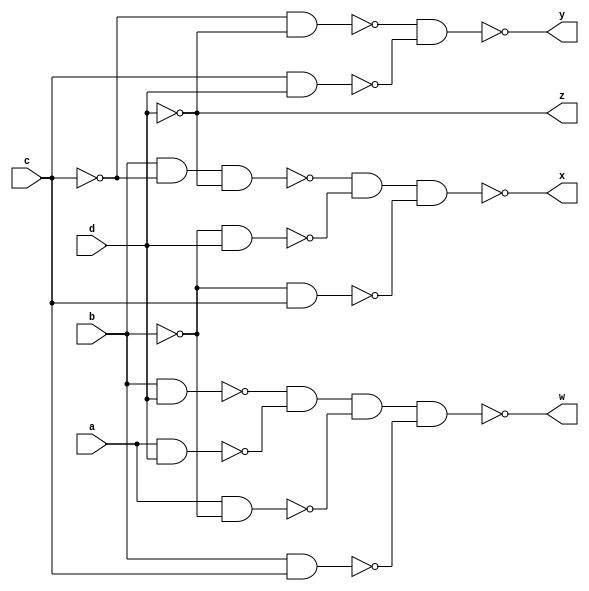
module bcd_ex3_nand(input a,b,c,d,output wire w,x,y,z);
wire ah,bh,ch,dh;
wire x1,x2,x3,x4,x5,x6,x7,x8,x9;

not n1(ah,a);
not n2(bh,b);
not n3(ch,c);
not n4(dh,d);

nand(x1,b,d);
nand(x2,a,d);
nand(x3,a,bh);
nand(x4,b,c);

nand(w,x1,x2,x3,x4);

nand(x5,b,ch,dh);
nand(x6,bh,d);
nand(x7,bh,c);

nand(x,x5,x6,x7);

nand(x8,ch,dh);
nand(x9,c,d);

nand(y,x8,x9);

assign z=dh;

endmodule